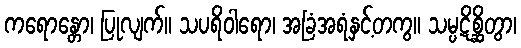
ကရောန္တော၊ ပြုလျက်။ သပရိဝါရော၊ အခြံအရံနှင့်တကွ။ သမ္ပဋိစ္ဆိတွာ၊